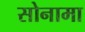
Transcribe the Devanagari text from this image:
सोनामा